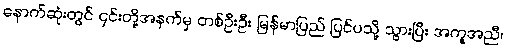
နောက်ဆုံးတွင် ၎င်းတို့အနက်မှ တစ်ဦးဦး မြန်မာပြည် ပြင်ပသို့ သွားပြီး အကူအညီ၊